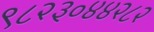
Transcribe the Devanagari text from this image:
९८२३०४४२८२